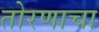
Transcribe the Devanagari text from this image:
तोरणाचा